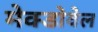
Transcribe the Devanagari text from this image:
मेक्डोवेल